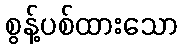
စွန့်ပစ်ထားသော